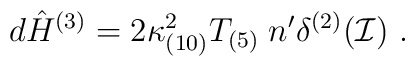
d {\hat H}^{(3)} = 2\kappa_{(10)}^2 T_{(5)}\; n^\prime \delta^{(2)}({\cal I}  )\ .